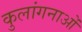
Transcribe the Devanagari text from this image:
कुलांगनाओं